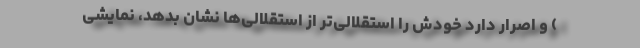
) و اصرار دارد خودش را استقلالی‌تر از استقلالی‌ها نشان بدهد، نمایشی